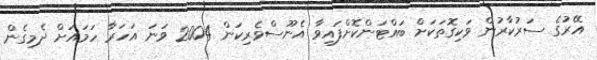
އޭރުގެ ސަރުކާރުން ވަކިގޮތަކަށް ބައްޓަންކޮށްފައިވާ އެނޫސްވެރިކަން 2004 ވަނަ އަހަރާ ހަމައަށް ދެމިގެން